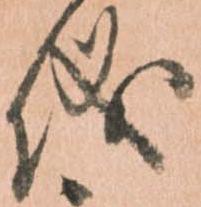
儀